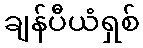
ချန်ပီယံရှစ်